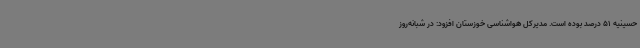
حسینیه 51 درصد بوده است. مدیرکل هواشناسی خوزستان افزود: در شبانه‌روز